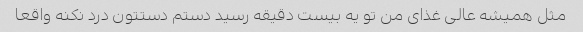
مثل همیشه عالی غذای من تو یه بیست دقیقه رسید دستم دستتون درد نکنه واقعا